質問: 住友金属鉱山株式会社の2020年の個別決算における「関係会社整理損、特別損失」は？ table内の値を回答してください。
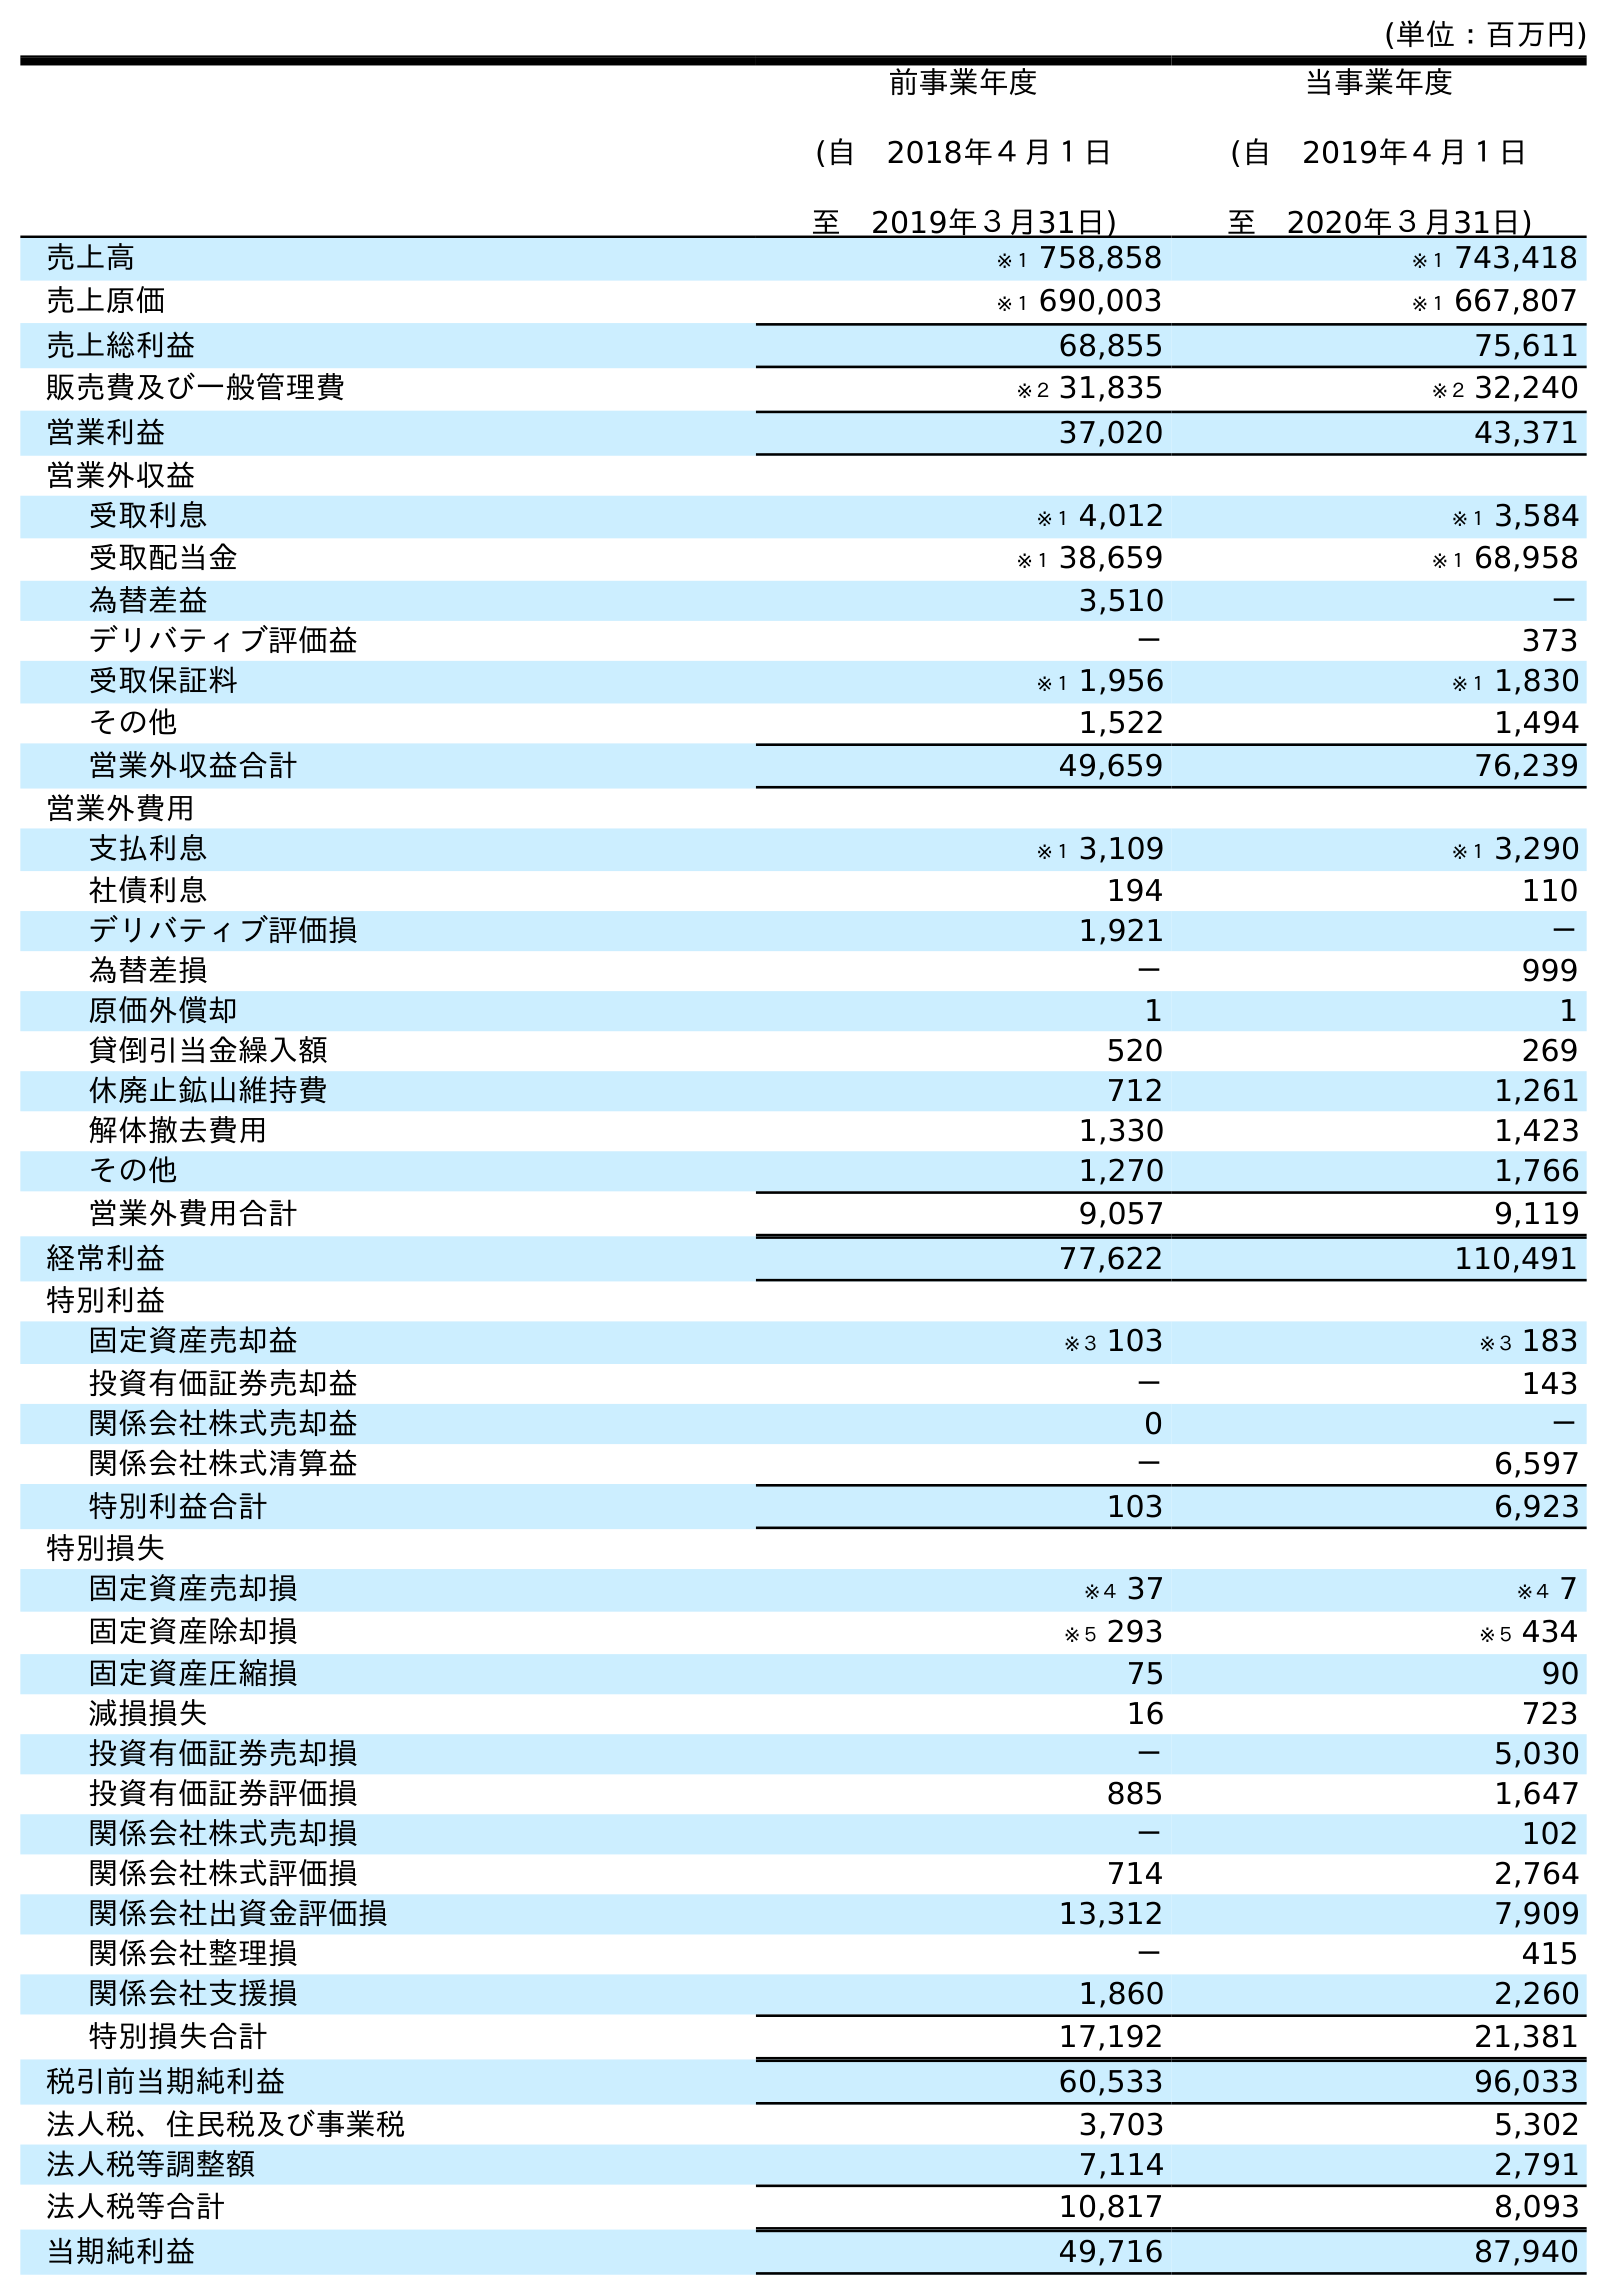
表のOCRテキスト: (単位：百万円) 前事業年度 (自 2018年４月１日 至 2019年３月31日) 当事業年度 (自 2019年４月１日 至 2020年３月31日) 売上高 ※１ 758,858 ※１ 743,418 売上原価 ※１ 690,003 ※１ 667,807 売上総利益 68,855 75,611 販売費及び一般管理費 ※２ 31,835 ※２ 32,240 営業利益 37,020 43,371 営業外収益 受取利息 ※１ 4,012 ※１ 3,584 受取配当金 ※１ 38,659 ※１ 68,958 為替差益 3,510 － デリバティブ評価益 － 373 受取保証料 ※１ 1,956 ※１ 1,830 その他 1,522 1,494 営業外収益合計 49,659 76,239 営業外費用 支払利息 ※１ 3,109 ※１ 3,290 社債利息 194 110 デリバティブ評価損 1,921 － 為替差損 － 999 原価外償却 1 1 貸倒引当金繰入額 520 269 休廃止鉱山維持費 712 1,261 解体撤去費用 1,330 1,423 その他 1,270 1,766 営業外費用合計 9,057 9,119 経常利益 77,622 110,491 特別利益 固定資産売却益 ※３ 103 ※３ 183 投資有価証券売却益 － 143 関係会社株式売却益 0 － 関係会社株式清算益 － 6,597 特別利益合計 103 6,923 特別損失 固定資産売却損 ※４ 37 ※４ 7 固定資産除却損 ※５ 293 ※５ 434 固定資産圧縮損 75 90 減損損失 16 723 投資有価証券売却損 － 5,030 投資有価証券評価損 885 1,647 関係会社株式売却損 － 102 関係会社株式評価損 714 2,764 関係会社出資金評価損 13,312 7,909 関係会社整理損 － 415 関係会社支援損 1,860 2,260 特別損失合計 17,192 21,381 税引前当期純利益 60,533 96,033 法人税、住民税及び事業税 3,703 5,302 法人税等調整額 7,114 2,791 法人税等合計 10,817 8,093 当期純利益 49,716 87,940
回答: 415